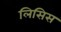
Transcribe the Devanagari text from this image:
लिसिस